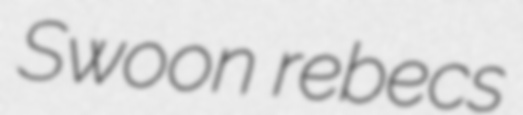
Swoon rebecs